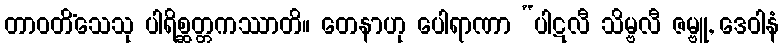
တာဝတိံသေသု ပါရိစ္ဆတ္တကဿာတိ။ တေနာဟု ပေါရာဏာ “ပါဋလီ သိမ္ဗလီ ဇမ္ဗူ, ဒေဝါနံ